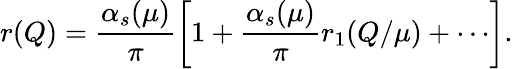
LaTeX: r(Q)=\frac{\alpha_{s}(\mu)}{\pi}\left[1+\frac{\alpha_{s}(\mu)}{\pi}r_{1}(Q/\mu)+\cdots\right].